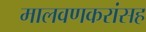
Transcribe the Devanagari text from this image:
मालवणकरांसह